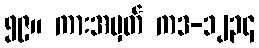
၅၉။ ကားအမှတ် ကဒ-၁၂၃၄